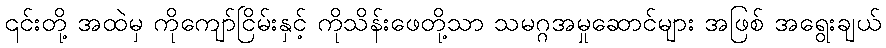
၎င်းတို့ အထဲမှ ကိုကျော်ငြိမ်းနှင့် ကိုသိန်းဖေတို့သာ သမဂ္ဂအမှုဆောင်များ အဖြစ် အရွေးချယ်